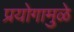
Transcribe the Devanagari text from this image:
प्रयोगामुळे